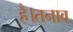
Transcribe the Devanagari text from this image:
है।तनाव